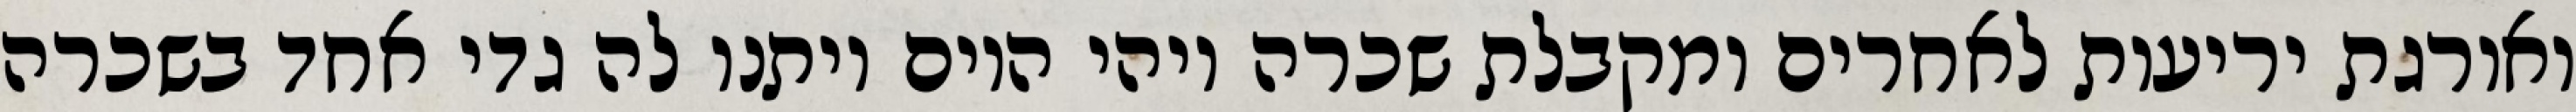
ואורגת יריעות לאחרים ומקבלת שכרה ויהי היום ויתנו לה גדי אחד בשכרה